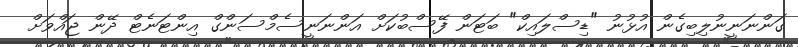
ގަންނަނީނުލިބިގެން އުޅުނު "ޑިސްލައިކް" ބަޓަން ފޭސްބުކަށް އަންނަނީސެމްސަންގް އިންޓަނެޓް ދޭން ޖައްވަށް